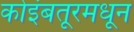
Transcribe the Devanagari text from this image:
कोइंबतूरमधून